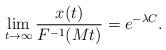
LaTeX: \begin{align*} \lim_{t \to \infty}\frac{x(t)}{F^{-1}(Mt)} = e^{-\lambda C}.\end{align*}